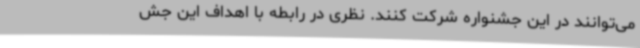
می‌توانند در این جشنواره شرکت کنند. نظری در رابطه با اهداف این جش